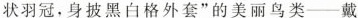
状羽冠，身披黑白格外套”的美丽鸟类——戴